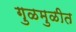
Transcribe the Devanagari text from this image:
गुळमुळीत